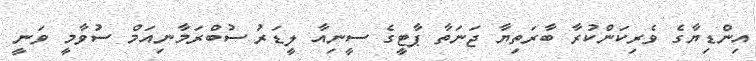
އިންޑިޔާގެ ވެރިކަންކުރާ ބާރަތިޔާ ޖަނަތާ ޕާޓީގެ ސީނިއާ ލީޑަރު ސުބްރަމާނިއަމް ސުވާމީ ވަނީ